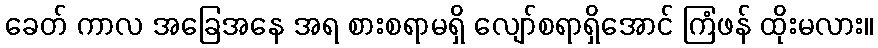
ခေတ် ကာလ အခြေအနေ အရ စားစရာမရှိ လျော်စရာရှိအောင် ကြံဖန် ထိုးမလား။